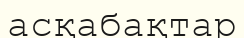
асқабақтар